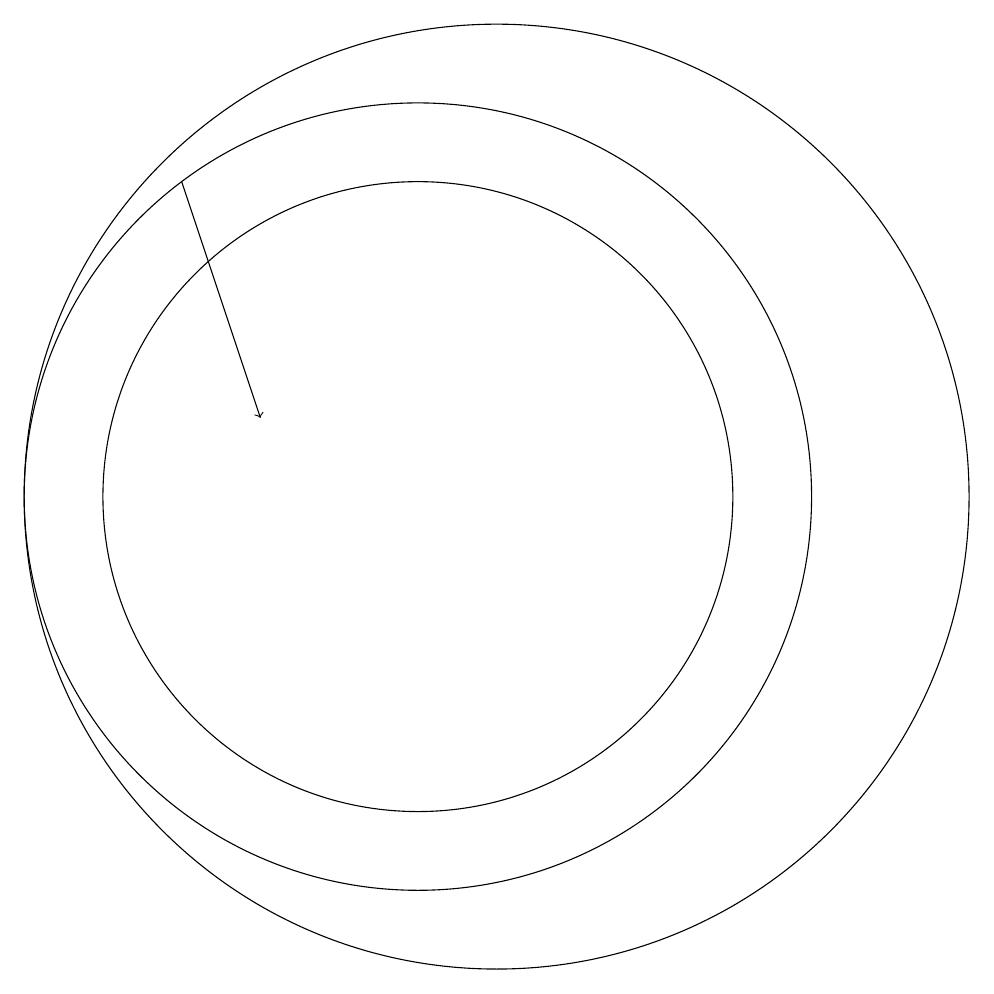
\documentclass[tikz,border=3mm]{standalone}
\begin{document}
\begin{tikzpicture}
\draw (11,10) circle (5);
\draw[->] (8,14) -- (9,11);
\draw (11,10) circle (4);
\draw (12,10) circle (6);
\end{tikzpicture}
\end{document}